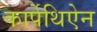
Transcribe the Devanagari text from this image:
कार्पेथिऐन